Plague in India, 1896, 1897 - Volume 4
Year: 1896
Disease focus: Plague
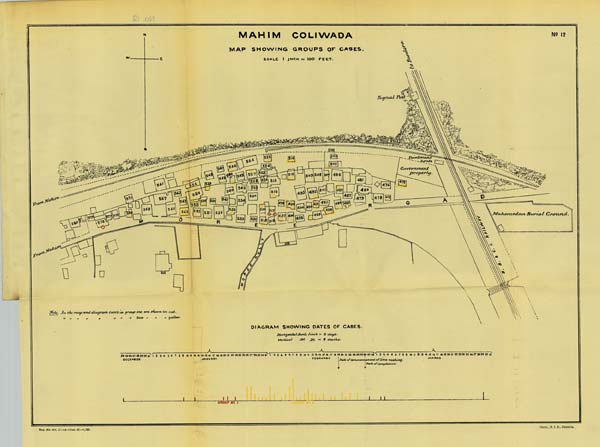
No: 12
Reg. No. 594, Home.—Dec. 97.—1,000.
Photo., S. I. O., Calcutta.